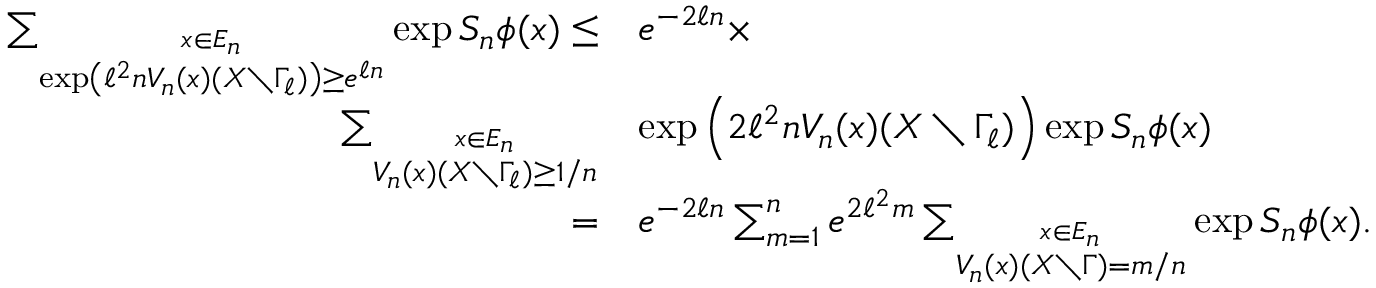
\begin{array} { r l } { \sum _ { \stackrel { x \in E _ { n } } { \exp \left( \ell ^ { 2 } n V _ { n } ( x ) ( X \setminus \Gamma _ { \ell } ) \right) \geq e ^ { \ell n } } } \exp S _ { n } \phi ( x ) \leq } & { e ^ { - 2 \ell n } \times } \\ { \sum _ { \stackrel { x \in E _ { n } } { V _ { n } ( x ) ( X \setminus \Gamma _ { \ell } ) \geq 1 / n } } } & { \exp \left( 2 \ell ^ { 2 } n V _ { n } ( x ) ( X \setminus \Gamma _ { \ell } ) \right) \exp S _ { n } \phi ( x ) } \\ { = } & { e ^ { - 2 \ell n } \sum _ { m = 1 } ^ { n } e ^ { 2 \ell ^ { 2 } m } \sum _ { \stackrel { x \in E _ { n } } { V _ { n } ( x ) ( X \setminus \Gamma ) = m / n } } \exp S _ { n } \phi ( x ) . } \end{array}